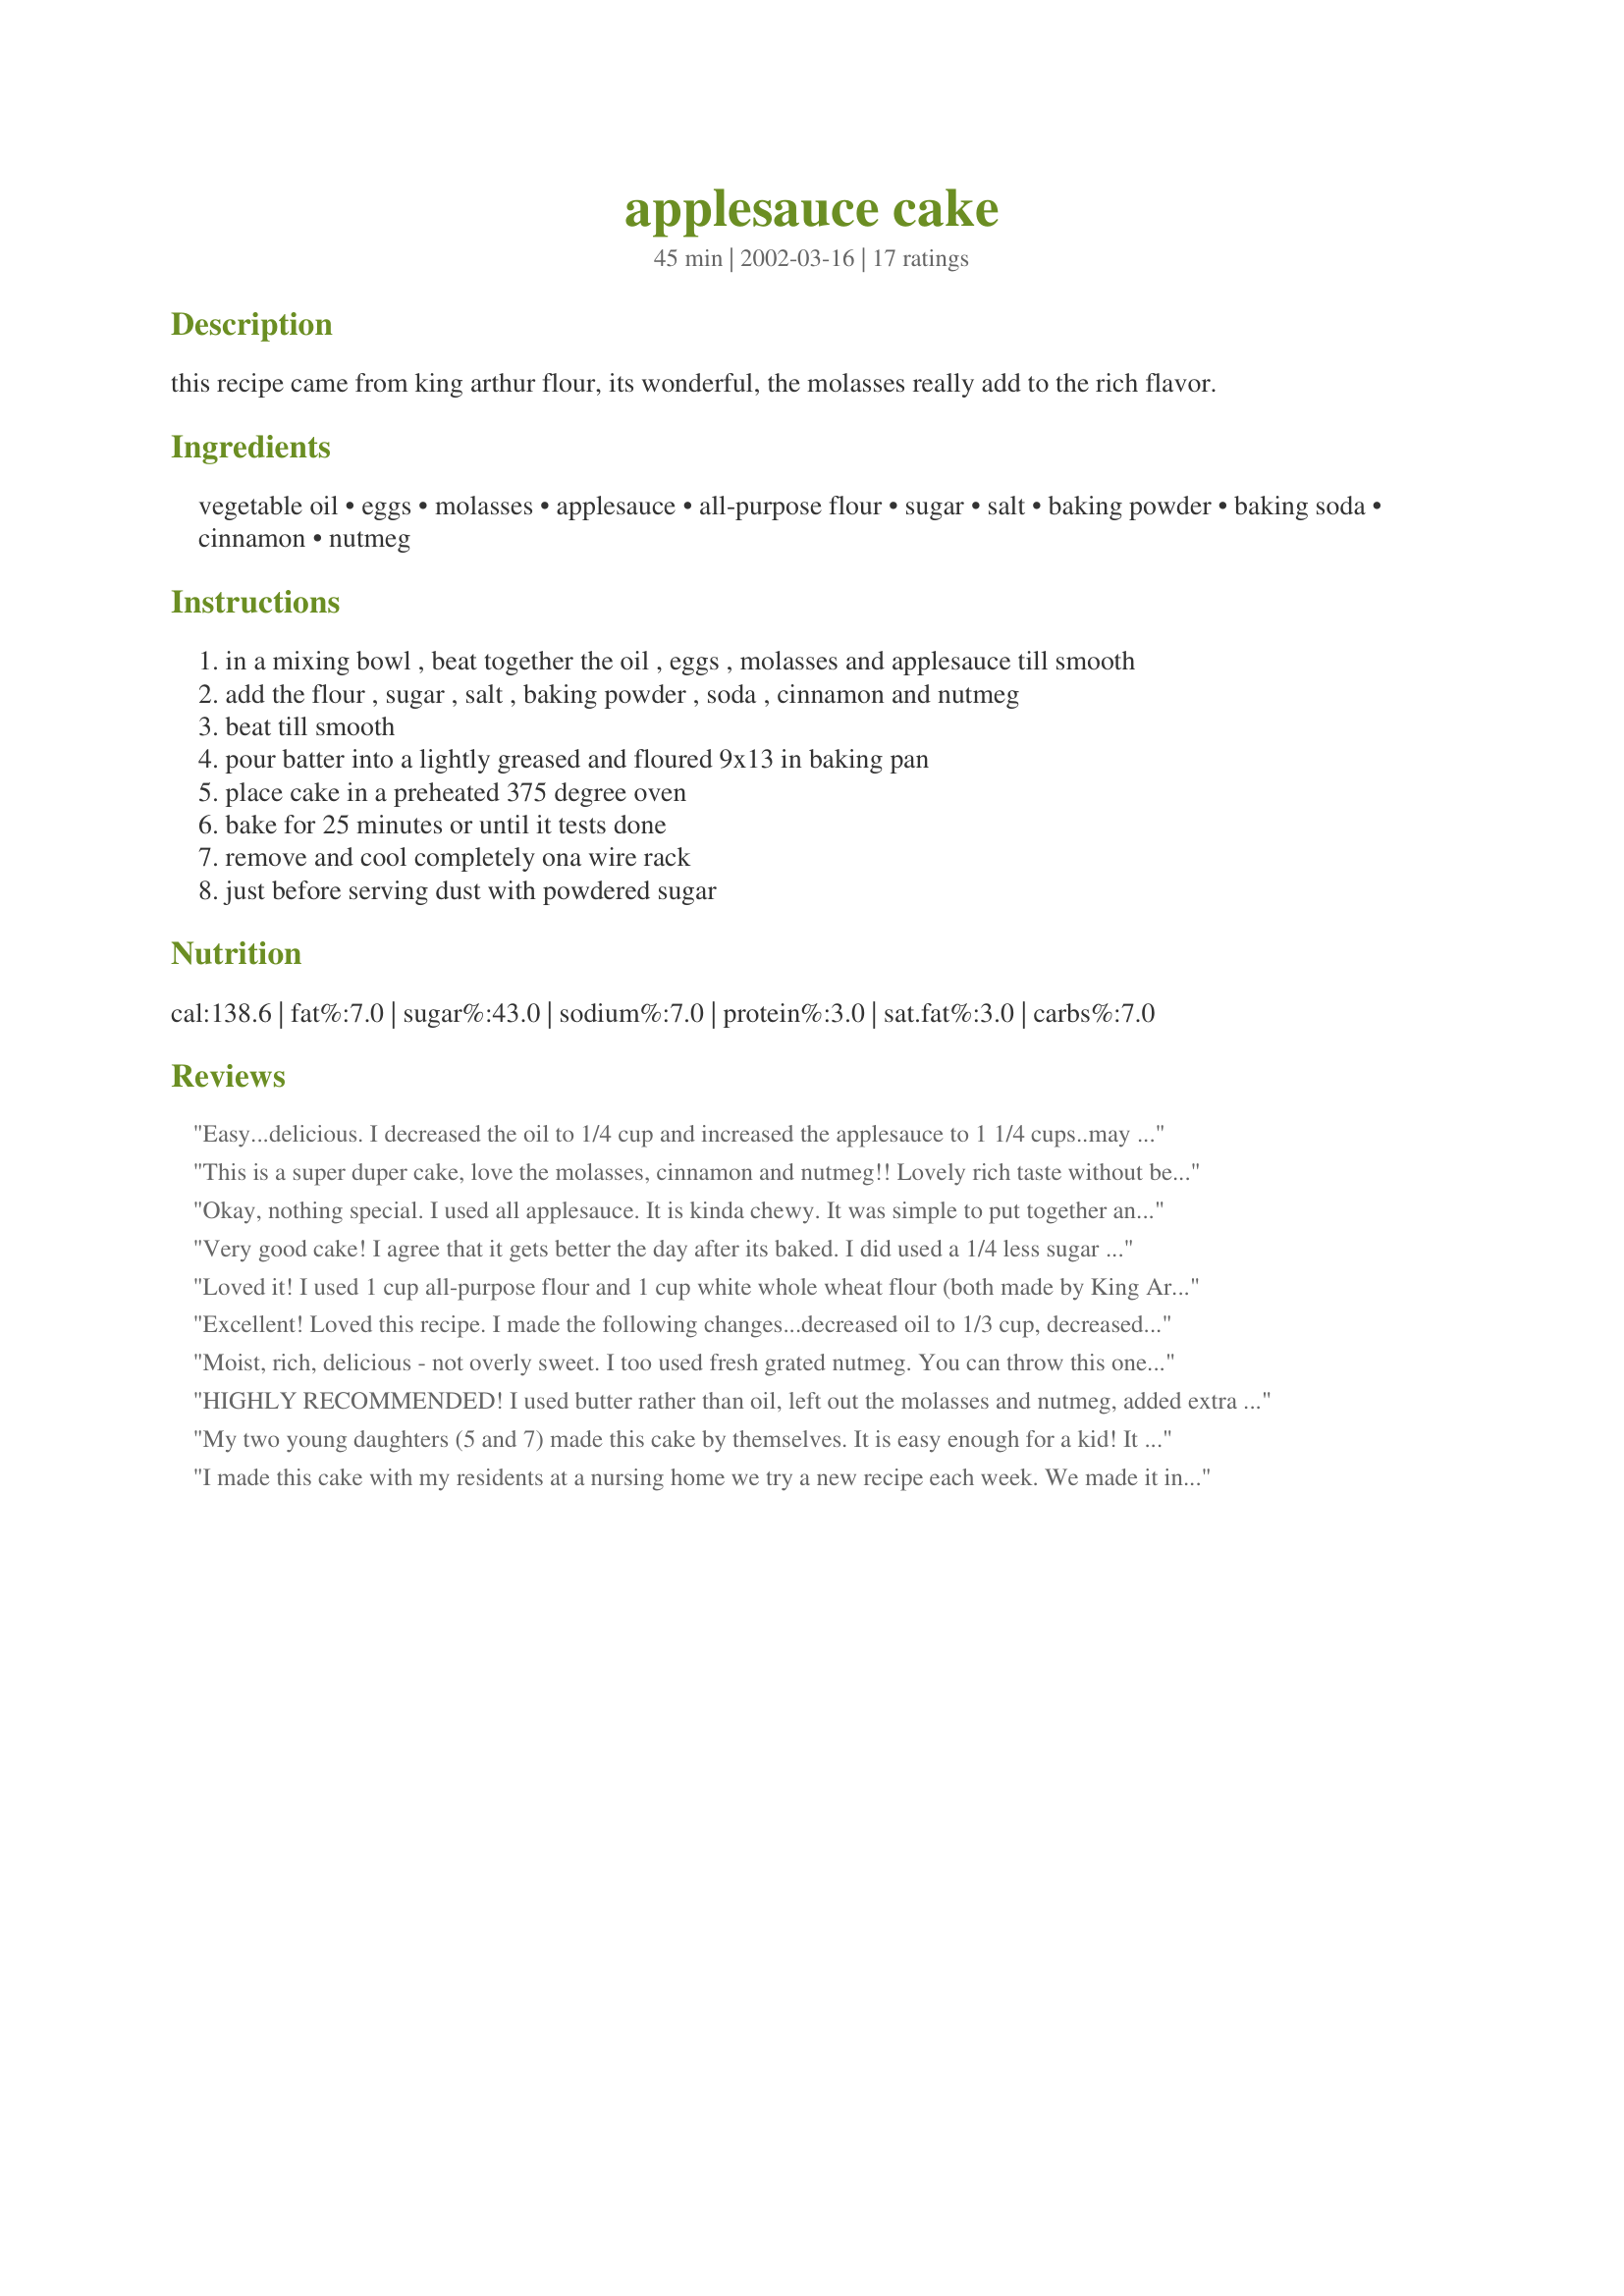
applesauce cake
Preparation time: 45 minutes

this recipe came from king arthur flour, its wonderful, the molasses really add to the rich flavor.

Ingredients:
vegetable oil, eggs, molasses, applesauce, all-purpose flour, sugar, salt, baking powder, baking soda, cinnamon, nutmeg

Steps:
in a mixing bowl , beat together the oil , eggs , molasses and applesauce till smooth
add the flour , sugar , salt , baking powder , soda , cinnamon and nutmeg
beat till smooth
pour batter into a lightly greased and floured 9x13 in baking pan
place cake in a preheated 375 degree oven
bake for 25 minutes or until it tests done
remove and cool completely ona wire rack
just before serving dust with powdered sugar

Reviews:
Easy...delicious. I decreased the oil to 1/4 cup and increased the applesauce to 1 1/4 cups..may omit the oil completely next time and use 1 1/2 cups applesauce...but WILL make it again...thanks for sharing
This is a super duper cake, love the molasses, cinnamon and nutmeg!! Lovely rich taste without being too sweet. Didn't need it but looked nice with a sift of icing sugar on top to finish it. It disapeared before my eyes, gone in a flash!! I used splenda instead of the sugar, other than that followed the recipe exact and will be making this one again for sure, thanks for sharing a light as a feather treat!!
Okay, nothing special. I used all applesauce. It is kinda chewy. It was simple to put together and quick to bake, but the flavor was ho-hum. I would not make again.
**I want to update this to say how much BETTER the cake is a day or two later. It is much moister and tastier. I will make it again with walnuts and raisins, at the request of my husband. Thanks!!
Very good cake! I agree that it gets better the day after its baked. I did used a 1/4 less sugar and would do that again. I think I'll add nuts and raisins next time. I topped the cake with an applesauce cream cheese frosting. Thanks for posting the recipe.
Loved it! I used 1 cup all-purpose flour and 1 cup white whole wheat flour (both made by King Arthur Flour Co.). Delish!
Excellent! Loved this recipe. I made the following changes...decreased oil to 1/3 cup, decreased sugar by half, used pear sauce because that&#039;s what I had and I baked these as muffins/cupcakes. They were great! I baked for 15 min at 375 (convection oven) and it made 24 medium muffins. Thanks for posting, will be making this again.
Moist, rich, delicious - not overly sweet. I too used fresh grated nutmeg. You can throw this one together in just a few quick minutes. Highly recommended!
HIGHLY RECOMMENDED! I used butter rather than oil, left out the molasses and nutmeg, added extra applesauce ... and it still turned GREAT. This is one of those cake recipes that starts out fluffy and moist and gets even more moist ... perfect cake recipe to make a couple of days in advance. This one's a keeper.
My two young daughters (5 and 7) made this cake by themselves. It is easy enough for a kid! It came out okay, sorta bland. Not bad, just not outstanding.
I made this cake with my residents at a nursing home we try a new recipe each week. We made it in a jelly roll pan and only baked for 20 minutes. We do not like to wait for a treat from the oven. The residents wanted to give the recipe 6 stars. Easy to make. Great taste
It definitely came out moist and rich! The flavors of the spices and molasses reminded me of a carrot cake. Next time, I may try cutting back on the sugar, just a little bit.
This cake got a thumbs up from the hubby, and I thought it was yummy too. Great dessert after a spicy meal with some fresh coffee.
Another easy and tasty Zaar recipe!! The applesauce and molasses brought this to life. I froze some for unexpected visitors. Thanks Virginia.
This is very similar to an old family recxipie of mine. I can't share the exact recipie--it's a sworn family secret. But this one thing I will share: try it with chocolate chips stirred in!
This was a very tasty recipe. I used just 1/4 cup of oil and increased the applesauce to 1 1/4 cups.
I needed a vegan cake so I tried this one with egg replacer, it turned out great, very light with a very destinct flavour due to the use of molases and the spices, I used freshly grated nutmeg and believe this added a delightful flavour. It also was very easy to make, I didn't beat any of the engriedients just mixed well. Next time I'll try using 1/4 cup oil 1 1/4 cups applesauce.
Thank you so much, this is a keeper.
This was an easy quick cake. It was delicious with a dollop of homemade whipped cream. Just sweet enough to take care of the sweet tooth. I also replaced some of the oil with more applesauce.
